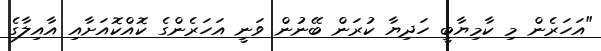
"އަހަރެން މި ކާމިޔާބީ ހަދިޔާ ކުރަން ބޭނުން ވަނީ އަހަރެންގެ ކޮއްކޮއަށާއި އާއިލާގެ